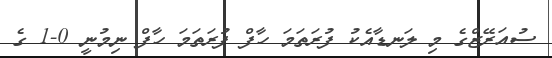
ސުއަރޭޒްގެ މި ލަނޑާއެކު ފުރަތަމަ ހާފް ފުރަތަމަ ހާފް ނިމުނީ 0-1 ގެ